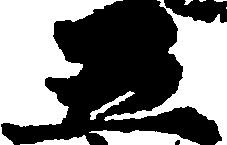
五